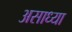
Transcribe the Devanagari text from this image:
असाध्या